Papers set at the Examination for Leaving Certificates, 1892
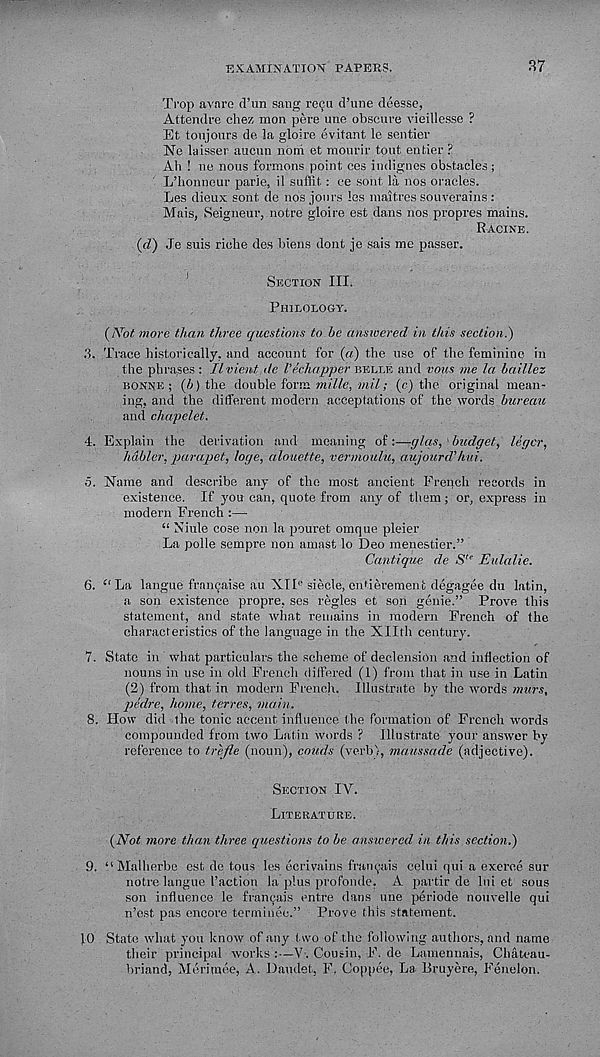
EXAMINATION PAPERS.
87
Trop avare d’un sang 16911 d’une deesse,
Attendre chez mon pere une obscure vieillesse ?
Et toujours de la gloire evitant le sentier
Ne laisser aucun noiri et mourir tout entier ?
Ah ! ne nous formons point ces indignes obstacles ;
L’honneur parle, il soffit: ce sont la nos oracles.
Les dieux sont de nos jours les maitres souverains:
Mais, Seigneur, notre gloire est dans nos propres mains.
Racine.
{cl) Je suis riche des biens dont je sais me passer.
Section III.
Philology.
{Not more than three questions to he answered in this section.)
3. Trace historically, and account for {a) the use of the feminine in
the phrases : Ilvient de Vechapper belle and vous me la haillez
bonne; {h) the double form mille, mil; {c) the original mean-
ing, and the different modern acceptations of the words bureau
and chapelet.
4. Explain the derivation and meaning of:—glees, budget, legcr,
habler, parapet, loge, alouette, vermoulu, aujourd’hid.
5. Name and describe any of the most ancient French records in
existence. If you can, quote from any of them; or, express in
modern French :—
“ Niule cose non la pouret omque pleier
La polle sempre non amast lo Deo menestier.”
Cantique de S ,e Eulalie.
6. “La langue franeaise au XII e siecle, ontierement degagee du latin,
a son existence propre, ses regies et son genie.” Prove this
statement, and state what remains in modern French of the
characteristics of the language in the Xllth century.
7. State in what particulars the scheme of declension and inflection of
nouns in use in old French differed (1) from that in use in Latin
(2) from that in modern French. Illustrate by the words murs,
pedre, home, terres, main.
8. How did the tonic accent influence the formation of French words
compounded from two Latin words ? Illustrate your answer by
reference to trefle (noun), coiids (verb), maussade (adjective).
Section IV.
Literature.
{Not more than three questions to be answered in this section.)
9. “Malherbe est de tous les ecrivains frai^.ais celui qui a exeree sur
notre langue faction la plus profonde, A partir de Ini et sous
son influence le fra^ais entre dans une periode nouvelle qui
n’est pas encore termineo.” Prove this statement.
10 State what you know of any two of the following authors, and name
their principal works :—V'. Cousin, F. de Lamennais, Chateau-
briand, Mcritnee, A- Daudet, F, Coppee, La Bruyere, Fenelon.